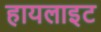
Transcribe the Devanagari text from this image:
हायलाइट